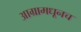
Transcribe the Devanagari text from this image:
आग्रामधूनच